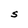
Character: S